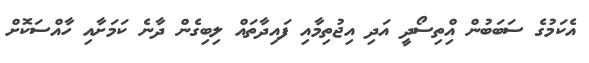
އެކަމުގެ ސަބަބުން އިްތިސޯދީ އަދި އިޖުތިމާއި ފައިދާތައް ލިބިގެން ދާނެ ކަމަށާއި ހާއްސަކޮށް